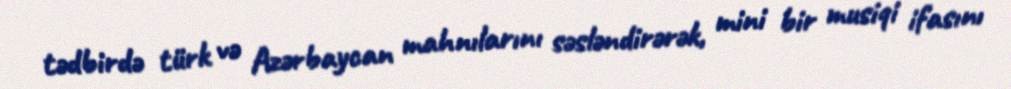
tədbirdə türk və Azərbaycan mahnılarını səsləndirərək, mini bir musiqi ifasını